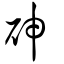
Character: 砷